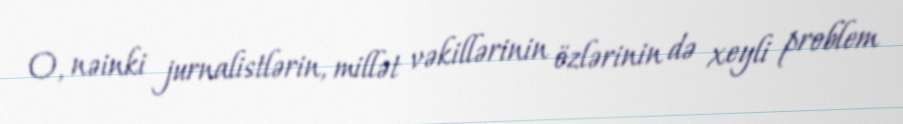
O, nəinki jurnalistlərin, millət vəkillərinin özlərinin də xeyli problem